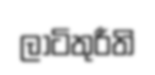
ලාටිතුරීති